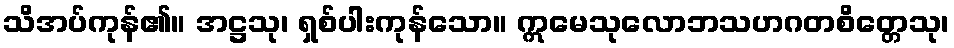
သိအပ်ကုန်၏။ အဋ္ဌသု၊ ရှစ်ပါးကုန်သော။ ဣမေသုလောဘသဟဂတစိတ္တေသု၊